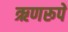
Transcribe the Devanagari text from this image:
ऋणरूपे